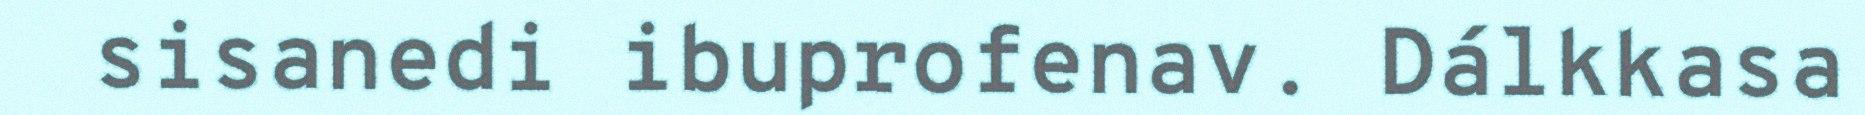
sisanedi ibuprofenav. Dálkkasa